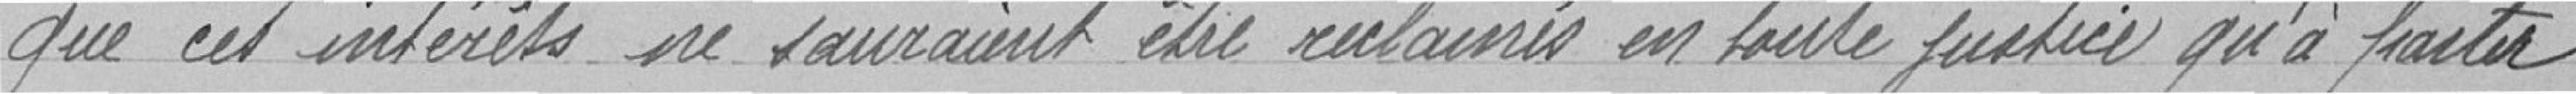
que ces intérêts ne sauraient être réclamés en toute justice qu'à partir